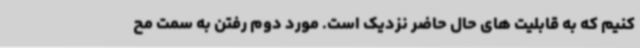
کنیم که به قابلیت های حال حاضر نزدیک است. مورد دوم رفتن به سمت مح